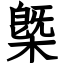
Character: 槩